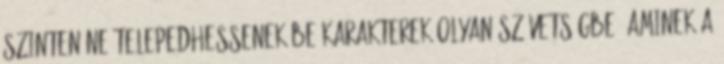
szinten ne telepedhessenek be karakterek olyan szövetségbe, aminek a